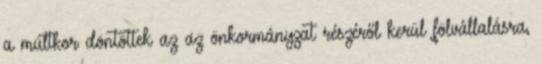
a múltkor döntöttek az az önkormányzat részéről kerül fölvállalásra,